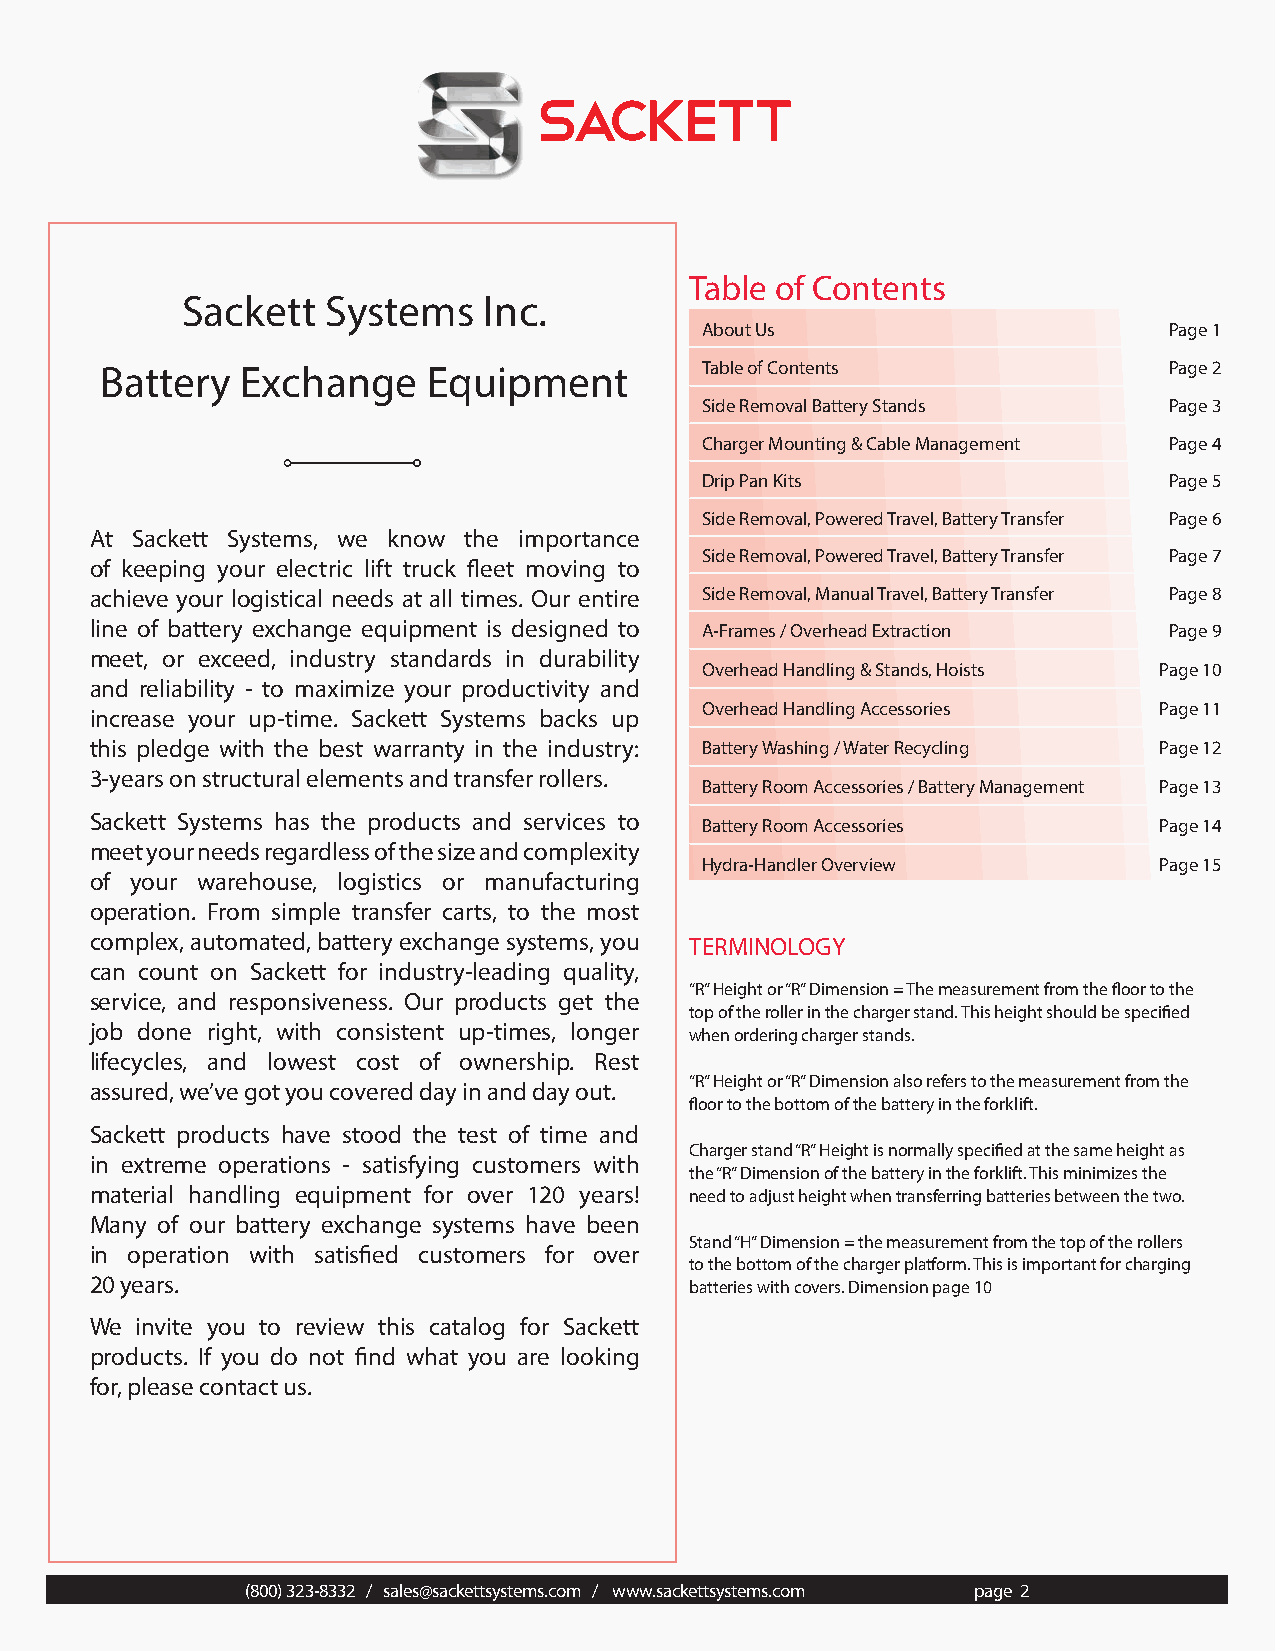
Table of Contents
 Sackett   Systems   Inc.
 About Us                       Page 1
 Battery  Exchange    Equipment         Table of Contents              Page 2
 Side Removal Battery Stands    Page 3
 Charger Mounting & Cable Management Page 4
 Drip Pan Kits                  Page 5
 Side Removal, Powered Travel, Battery Transfer Page 6
 At Sackett Systems, we know the importance
 Side Removal, Powered Travel, Battery Transfer Page 7
 of keeping your electric lift truck fleet moving to
 achieve your logistical needs at all times. Our entire Side Removal, Manual Travel, Battery Transfer Page 8
 line of battery exchange equipment is designed to A-Frames / Overhead Extraction Page 9
 meet, or exceed, industry standards in durability
 Overhead Handling & Stands, Hoists Page 10
 and reliability - to maximize your productivity and
 Overhead Handling Accessories  Page 11
 increase your up-time. Sackett Systems backs up
 this pledge with the best warranty in the industry: Battery Washing / Water Recycling Page 12
 3-years on structural elements and transfer rollers.
 Battery Room Accessories / Battery Management Page 13
 Sackett Systems has the products and services to
 Battery Room Accessories       Page 14
 meet your needs regardless of the size and complexity
 Hydra-Handler Overview         Page 15
 of your warehouse, logistics or manufacturing
 operation. From simple transfer carts, to the most
 complex, automated, battery exchange systems, you TERMINOLOGY
 can count on Sackett for industry-leading quality,
 “R” Height or “R” Dimension = The measurement from the floor to the
 service, and responsiveness. Our products get the
 top of the roller in the charger stand. This height should be specified
 job done right, with consistent up-times, longer
 when ordering charger stands.
 lifecycles, and lowest cost of ownership. Rest
 “R” Height or “R” Dimension also refers to the measurement from the
 assured, we’ve got you covered day in and day out.
 floor to the bottom of the battery in the forklift.
 Sackett products have stood the test of time and
 Charger stand “R” Height is normally specified at the same height as
 in extreme operations - satisfying customers with
 the “R” Dimension of the battery in the forklift. This minimizes the
 material handling equipment for over 120 years! need to adjust height when transferring batteries between the two.
 Many of our battery exchange systems have been
 Stand “H” Dimension = the measurement from the top of the rollers
 in operation with satisfied customers for over
 to the bottom of the charger platform. This is important for charging
 20 years.                               batteries with covers. Dimension page 10
 We invite you to review this catalog for Sackett
 products. If you do not find what you are looking
 for, please contact us.
 (800) 323-8332 / sales@sackettsystems.com / www.sackettsystems.com page 2